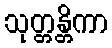
သုတ္တန္တိကာ